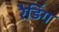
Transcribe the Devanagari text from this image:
रैडिंग